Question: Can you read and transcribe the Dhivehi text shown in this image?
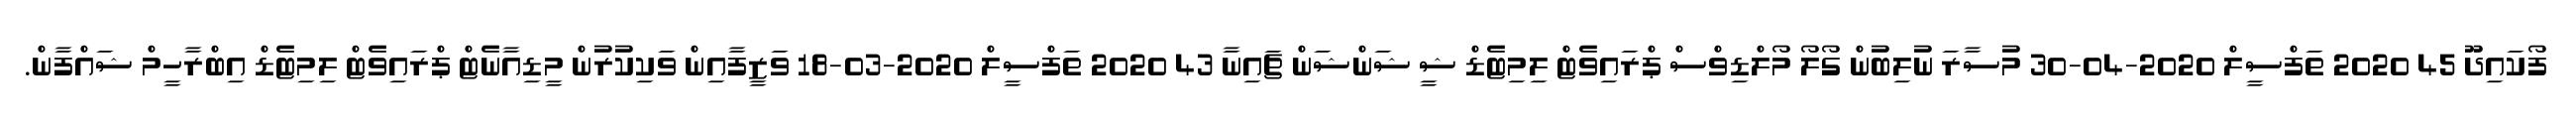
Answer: ފޯކައިދޫ 45 2020 ތަފްސީލް 2020-04-30 މުސާރަ ނުލިބުން ގޯލޯ މޯލްޑިވްސް ޕްރައިވެޓް ލިމިޓެޑް ޝީ ޝަންޝަން ޗައިނާ 43 2020 ތަފްސީލް 2020-03-18 ވަޒީފާއިން ވަކިކުރުން މީޑިއާނެޓް ޕްރައިވެޓް ލިމިޓެޑް އިބްރާހީމް ޝައްފާން.